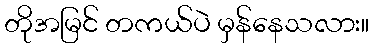
တိုအမြင် တကယ်ပဲ မှန်နေသလား။